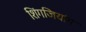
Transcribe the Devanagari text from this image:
शिंगजियांग